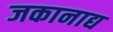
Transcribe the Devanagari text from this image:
जकानाद्य